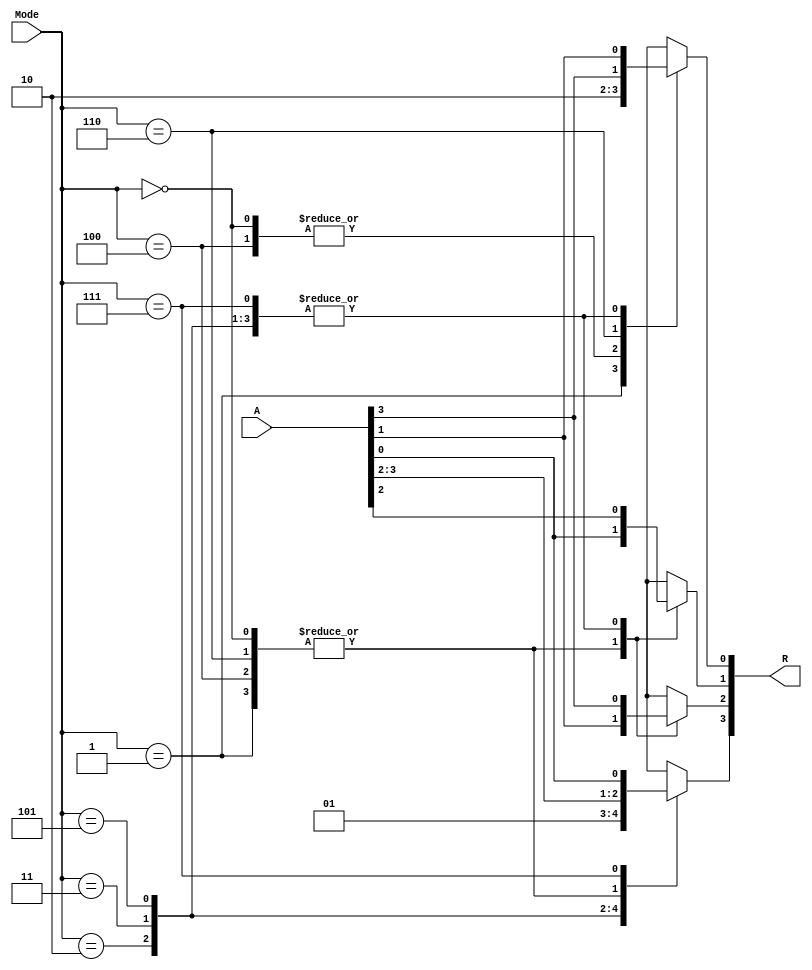
module fourBitShifter(A, Mode, R);
	input [3:0] A;
	input [2:0] Mode;
	output [3:0] R;
	reg [3:0] R;
	
	always @ (*) begin
		case (Mode)
			3'b000: begin
				R[0] <= 0;
				R[1] <= A[0];
				R[2] <= A[1];
				R[3] <= A[2];
			end
			3'b001: begin
				R[0] <= 1;
				R[1] <= A[0];
				R[2] <= A[1];
				R[3] <= A[2];
			end
			3'b010: begin
				R[0] <= A[1];
				R[1] <= A[2];
				R[2] <= A[3];
				R[3] <= 0;
			end
			3'b011: begin
				R[0] <= A[1];
				R[1] <= A[2];
				R[2] <= A[3];
				R[3] <= 1;
			end
			3'b100: begin
				R[0] <= 0;
				R[1] <= A[0];
				R[2] <= A[1];
				R[3] <= A[2];
			end
			3'b101: begin
				R[0] <= A[1];
				R[1] <= A[2];
				R[2] <= A[3];
				R[3] <= A[3];
			end
			3'b110: begin
				R[0] <= A[3];
				R[1] <= A[0];
				R[2] <= A[1];
				R[3] <= A[2];
			end
			3'b111: begin
				R[0] <= A[1];
				R[1] <= A[2];
				R[2] <= A[3];
				R[3] <= A[0];
			end
		endcase
	end
endmodule